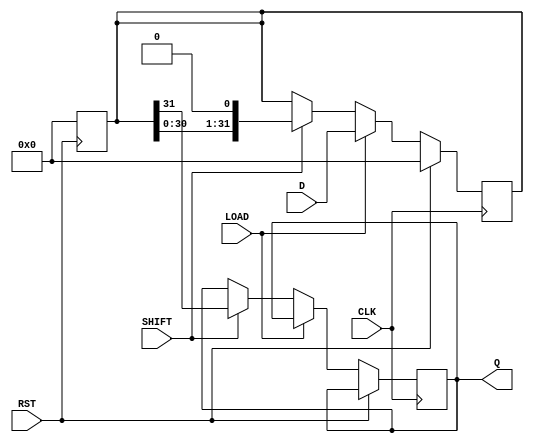
module PISO_Register (
    input wire [31:0] D,      // 32-bit data input
    input wire LOAD,          // Load control signal
    input wire SHIFT,         // Shift control signal
    input wire CLK,           // Clock signal
    input wire RST,           // Asynchronous reset signal
    output reg Q              // Serial output
);

    reg [31:0] shift_reg;     // 32-bit shift register

    // Asynchronous reset
    always @(posedge RST) begin
        shift_reg <= 32'b0;    // Clear the shift register
    end

    // Main operation: Loading and shifting
    always @(posedge CLK) begin
        if (RST) begin
            shift_reg <= 32'b0; // Clear the shift register on reset
        end else if (LOAD) begin
            shift_reg <= D;      // Load data into the shift register
        end else if (SHIFT) begin
            Q <= shift_reg[31];  // Output the MSB
            shift_reg <= {shift_reg[30:0], 1'b0}; // Shift right, fill LSB with 0
        end
    end

endmodule